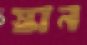
স্কান